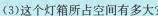
(3)这个灯箱所占空间有多大?